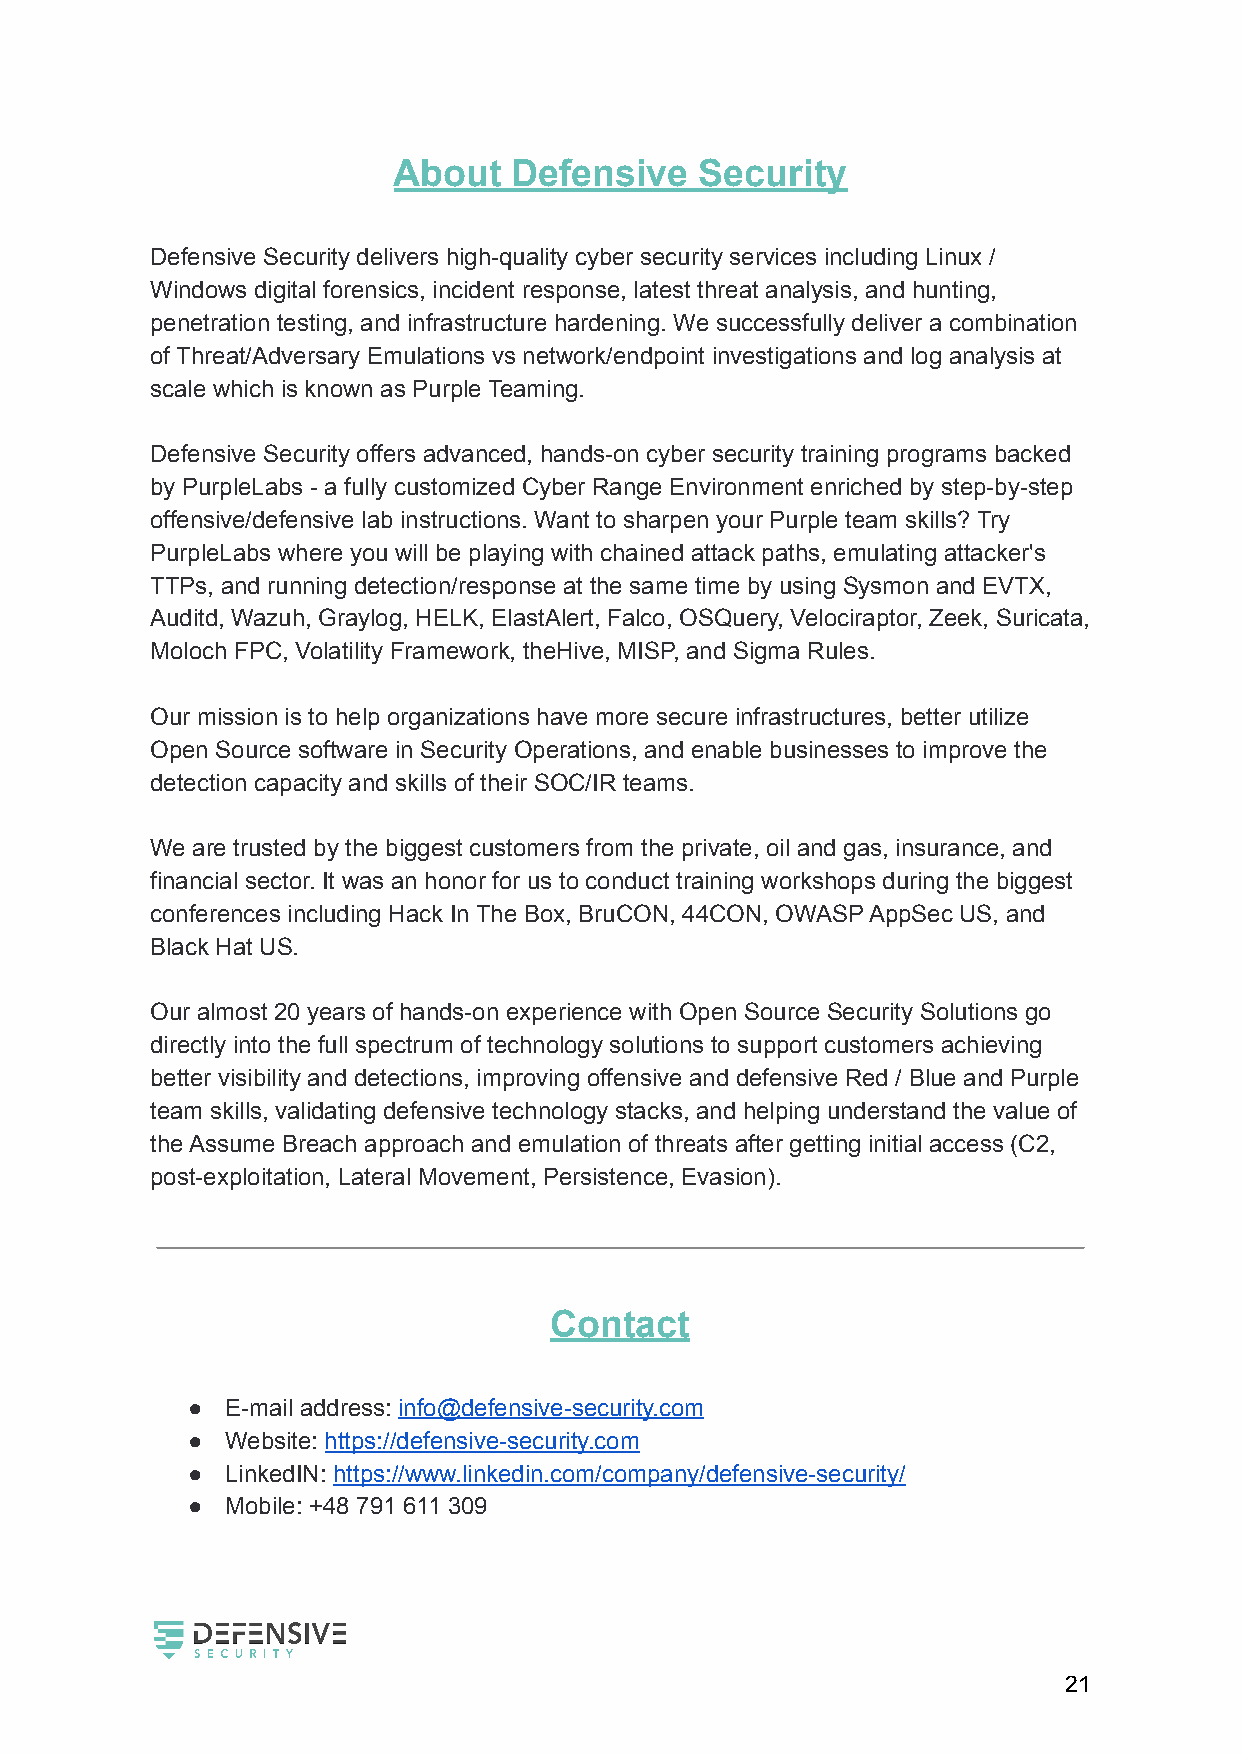
About   Defensive   Security
 Defensive Security delivers high-quality cyber security services including Linux /
 Windows digital forensics, incident response, latest threat analysis, and hunting,
 penetration testing, and infrastructure hardening. We successfully deliver a combination
 of Threat/Adversary Emulations vs network/endpoint investigations and log analysis at
 scale which is known as Purple Teaming.
 Defensive Security offers advanced, hands-on cyber security training programs backed
 by PurpleLabs - a fully customized Cyber Range Environment enriched by step-by-step
 offensive/defensive lab instructions. Want to sharpen your Purple team skills? Try
 PurpleLabs where you will be playing with chained attack paths, emulating attacker's
 TTPs, and running detection/response at the same time by using Sysmon and EVTX,
 Auditd, Wazuh, Graylog, HELK, ElastAlert, Falco, OSQuery, Velociraptor, Zeek, Suricata,
 Moloch FPC, Volatility Framework, theHive, MISP, and Sigma Rules.
 Our mission is to help organizations have more secure infrastructures, better utilize
 Open Source software in Security Operations, and enable businesses to improve the
 detection capacity and skills of their SOC/IR teams.
 We are trusted by the biggest customers from the private, oil and gas, insurance, and
 financial sector. It was an honor for us to conduct training workshops during the biggest
 conferences including Hack In The Box, BruCON, 44CON, OWASP AppSec US, and
 Black Hat US.
 Our almost 20 years of hands-on experience with Open Source Security Solutions go
 directly into the full spectrum of technology solutions to support customers achieving
 better visibility and detections, improving offensive and defensive Red / Blue and Purple
 team skills, validating defensive technology stacks, and helping understand the value of
 the Assume Breach approach and emulation of threats after getting initial access (C2,
 post-exploitation, Lateral Movement, Persistence, Evasion).
 Contact
 ●  E-mail address: info@defensive-security.com
 ●  Website: https://defensive-security.com
 ●  LinkedIN: https://www.linkedin.com/company/defensive-security/
 ●  Mobile: +48 791 611 309
 21